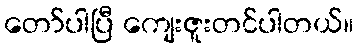
တော်ပါပြီ ကျေးဇူးတင်ပါတယ်။